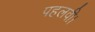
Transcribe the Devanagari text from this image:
पहलवी।